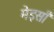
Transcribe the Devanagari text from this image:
मेइसाँ